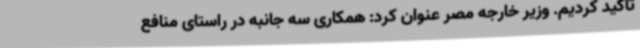
تأکید کردیم. وزیر خارجه مصر عنوان کرد: همکاری سه جانبه در راستای منافع